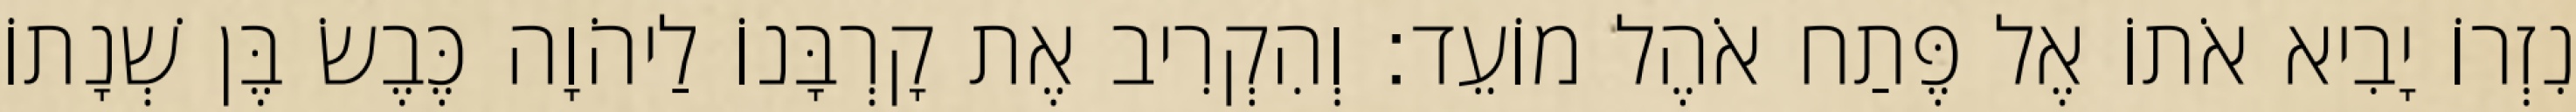
נִזְרוֹ יָבִיא אֹתוֹ אֶל פֶּתַח אֹהֶל מוֹעֵד׃ וְהִקְרִיב אֶת קָרְבָּנוֹ לַיהֹוָה כֶּבֶשׂ בֶּן שְׁנָתוֹ